Statistical return of the lunatic asylum in Assam - 1912-1932
Year: 1912
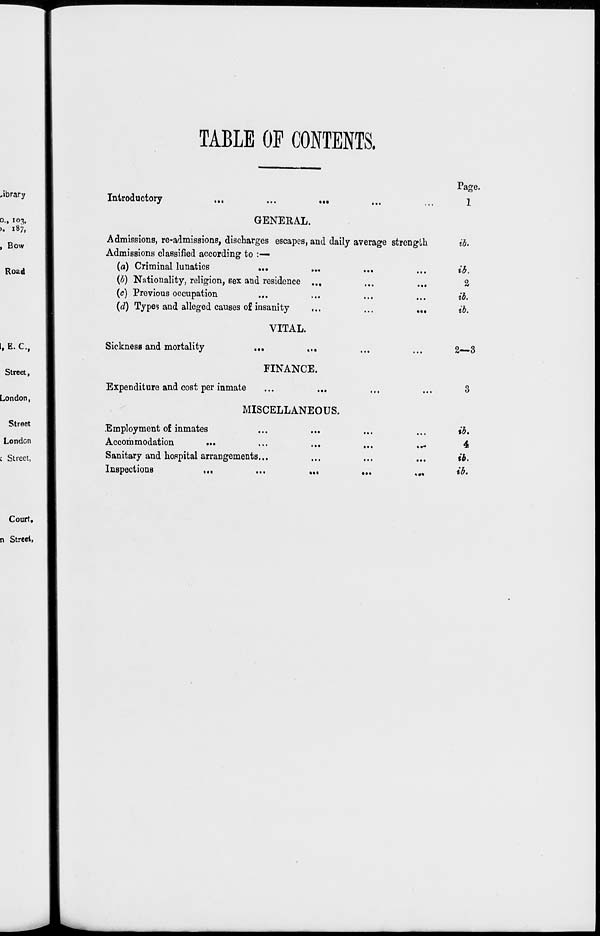
TABLE OF CONTENTS.
library
o., 103,
>. 187,
, Bow
Road
I, E. C,
Street,
London,
Street
London
c Street,
Introductory
•••
GENERAL.
Admissions, re-admissions, discharges escapes, and daily average strength
Admissions classified according to :—
(a) Criminal lunatics
...
(6) Nationality, religion, sex and residence ...
(c) Previous occupation
{d) Types and alleged causes of insanity
Sickness and mortality
Expenditure and cost per inmate
VITAL.
FINANCE.
MISCELLANEOUS.
Employment o£ inmates
Accommodation
..•
Sanitary and hospital arrangements...
Inspections
...
•••
»••
.»*
«•»
Page.
ib.
ib.
a
ib.
ib.
2—3
ib.
4
ib.
id.
Court,
n Street,